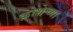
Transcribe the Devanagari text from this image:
क्रोशेच्या